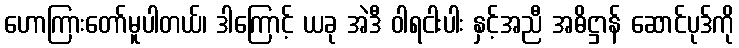
ဟောကြားတော်မူပါတယ်၊ ဒါကြောင့် ယခု အဲဒီ ဝါရငါးပါး နှင့်အညီ အဓိဋ္ဌာန် ဆောင်ပုဒ်ကို